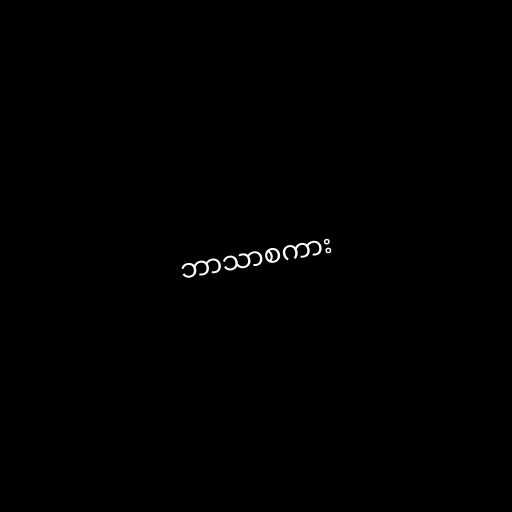
ဘာသာစကား